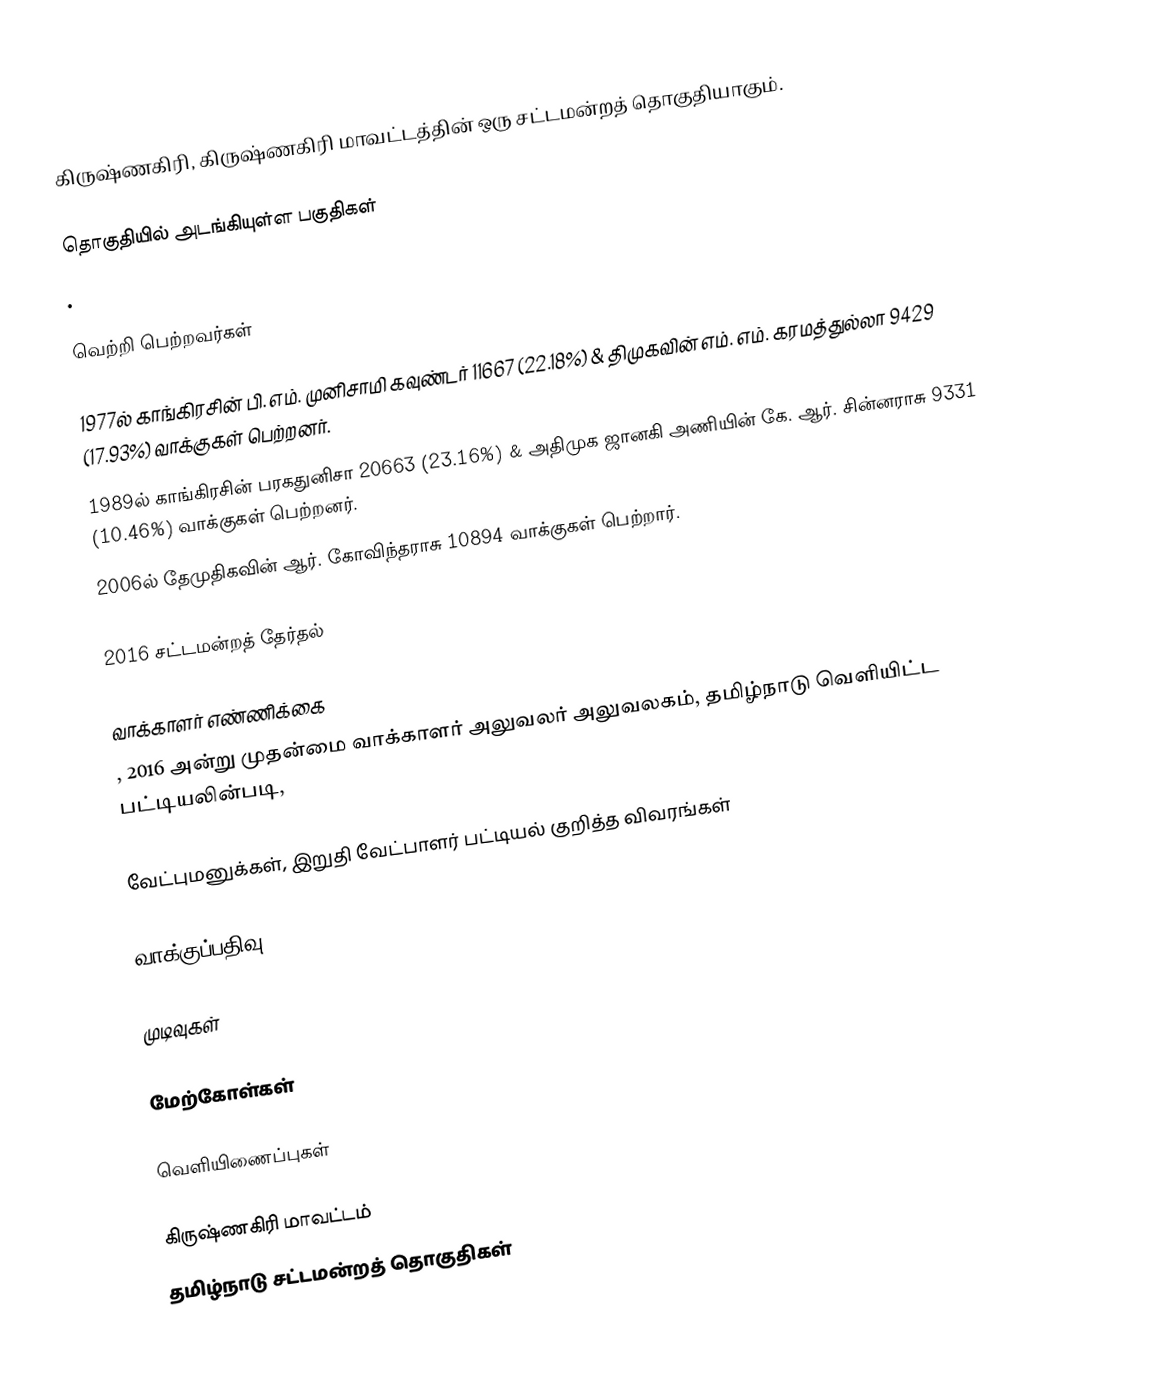
கிருஷ்ணகிரி, கிருஷ்ணகிரி மாவட்டத்தின் ஒரு சட்டமன்றத் தொகுதியாகும்.

தொகுதியில் அடங்கியுள்ள பகுதிகள்
.

வெற்றி பெற்றவர்கள்

1977ல் காங்கிரசின் பி. எம். முனிசாமி கவுண்டர் 11667 (22.18%) & திமுகவின் எம். எம். கரமத்துல்லா 9429 (17.93%) வாக்குகள் பெற்றனர்.
1989ல் காங்கிரசின் பரகதுனிசா 20663 (23.16%) & அதிமுக ஜானகி அணியின் கே. ஆர். சின்னராசு 9331 (10.46%) வாக்குகள் பெற்றனர்.
2006ல் தேமுதிகவின் ஆர். கோவிந்தராசு 10894 வாக்குகள் பெற்றார்.

2016 சட்டமன்றத் தேர்தல்

வாக்காளர் எண்ணிக்கை
, 2016 அன்று முதன்மை வாக்காளர் அலுவலர் அலுவலகம், தமிழ்நாடு வெளியிட்ட பட்டியலின்படி,

வேட்புமனுக்கள், இறுதி வேட்பாளர் பட்டியல் குறித்த விவரங்கள்

வாக்குப்பதிவு

முடிவுகள்

மேற்கோள்கள்

வெளியிணைப்புகள்

கிருஷ்ணகிரி மாவட்டம்
தமிழ்நாடு சட்டமன்றத் தொகுதிகள்